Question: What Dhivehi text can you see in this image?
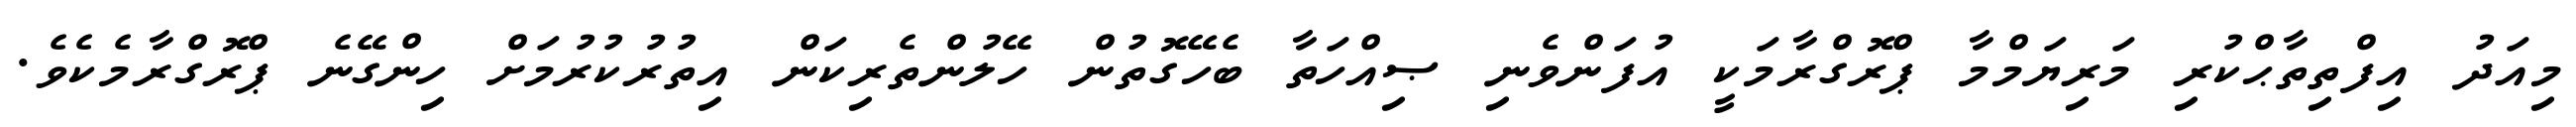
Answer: މިއަދު އިފްތިތާޙްކުރި މަރިޔަމްމާ ޕްރޮގްރާމަކީ އުފަންވެނި ޞިއްހަތާ ބެހޭގޮތުން ހޭލުންތެރިކަން އިތުރުކުރުމަށް ހިންގޭނެ ޕްރޮގްރާމެކެވެ.